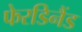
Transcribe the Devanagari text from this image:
फेरडिनैंड